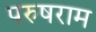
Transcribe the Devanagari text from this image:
परुषराम